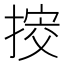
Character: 𢯴